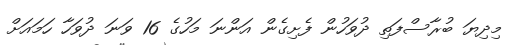
މިދިޔަ ބުރާސްފަތި ދުވަހުން ފެށިގެން އަންނަ މަހުގެ 16 ވަނަ ދުވަހާ ހަމައަށް